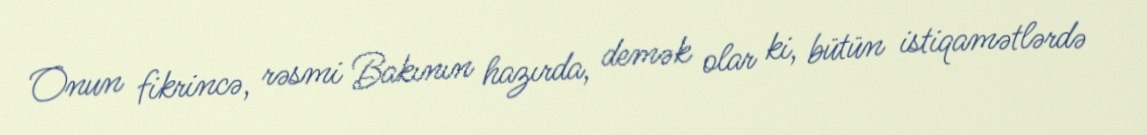
Onun fikrincə, rəsmi Bakının hazırda, demək olar ki, bütün istiqamətlərdə